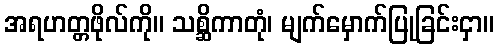
အရဟတ္တဖိုလ်ကို။ သစ္ဆိကာတုံ၊ မျက်မှောက်ပြုခြင်းငှာ။